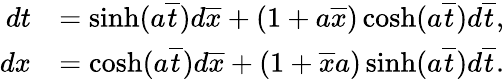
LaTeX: \begin{array}{rl}{dt}&{=\sinh(a\overline{{t}})d\overline{{x}}+(1+a\overline{{x}})\cosh(a\overline{{t}})d\overline{{t}},}\\ {dx}&{=\cosh(a\overline{{t}})d\overline{{x}}+(1+\overline{{x}}a)\sinh(a\overline{{t}})d\overline{{t}}.}\end{array}